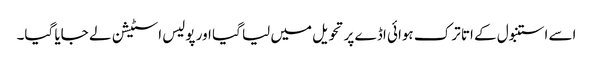
اسے استنبول کے اتا ترک ہوائی اڈے پر تحویل میں لیا گیا اور پولیس اسٹیشن لے جایا گیا۔